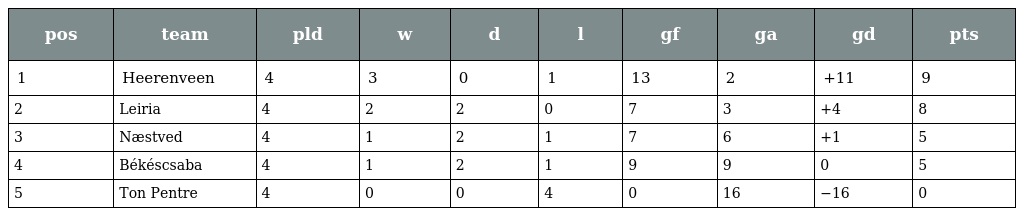
| pos | team | pld | w | d | l | gf | ga | gd | pts |
 | --- | --- | --- | --- | --- | --- | --- | --- | --- | --- |
 | 1 | Heerenveen | 4 | 3 | 0 | 1 | 13 | 2 | +11 | 9 |
 | 2 | Leiria | 4 | 2 | 2 | 0 | 7 | 3 | +4 | 8 |
 | 3 | Næstved | 4 | 1 | 2 | 1 | 7 | 6 | +1 | 5 |
 | 4 | Békéscsaba | 4 | 1 | 2 | 1 | 9 | 9 | 0 | 5 |
 | 5 | Ton Pentre | 4 | 0 | 0 | 4 | 0 | 16 | −16 | 0 |